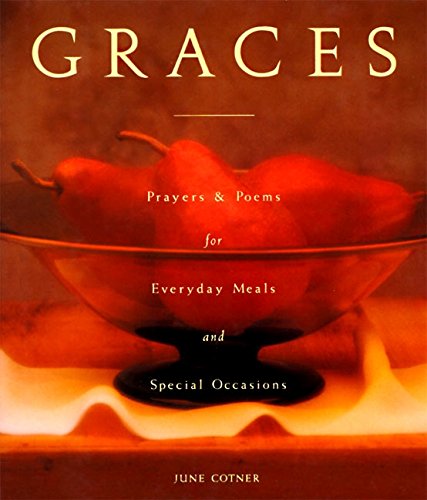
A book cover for Graces: Prayers for Everyday Meals and Special Occasions; June Cotner; Christian Books & Bibles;